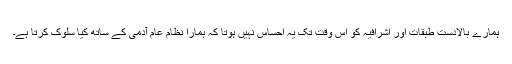
ہمارے بالادست طبقات اور اشرافیہ کو اس وقت تک یہ احساس نہیں ہوتا کہ ہمارا نظام عام آدمی کے ساتھ کیا سلوک کرتا ہے۔